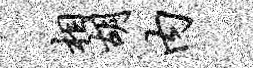
相胡内